Standards of the constituents of the urine and blood and the bearing of the metabolism of Bengalis on the problems of nutrition - Number 34
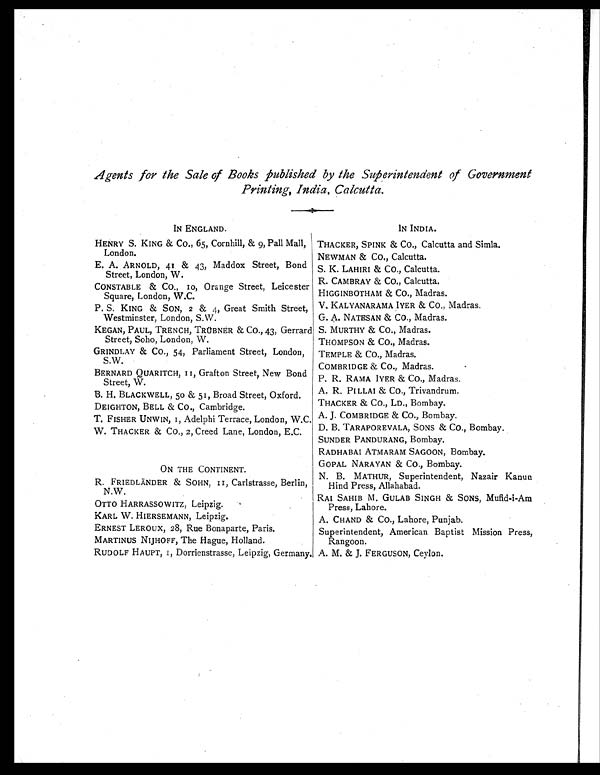
Agents for the Sale of Books published by the Superintendent of Government
Printing, India, Calcutta.
IN ENGLAND.
HENRY S. KING & CO., 65, Cornhill, & 9, Pall Mall,
London.
E. A. ARNOLD, 41 & 43, Maddox Street, Bond
Street, London, W.
CONSTABLE & CO. 10 , Orange Street, Leicester
Square, London, W.C.
P. S. KING & SON, 2 & 4, Great Smith Street,
Westminster, London, S.W.
KEGAN, PAUL, TRENCH, TRÜBNER & CO., 43, Gerrard
Street, Soho, London, W.
GRINDLAY & Co., 54, Parliament Street, London,
S.W.
BERNARD QUARITCH, II, Grafton Street, New Bond
Street, W.
B. H. BLACKWELL, 50 & 51, Broad Street, Oxford.
DEIGHTON, BELL & CO., Cambridge.
T. FISHER UNWIN, I, Adelphi Terrace, London, W.C.
W. THACKER & Co., 2, Creed Lane, London, E.C.
ON THE CONTINENT.
R. FRIEDLÄNDER & SOHN, II, Carlstrasse, Berlin,
N.W.
OTTO HARRASSOWITZ, Leipzig.
KARL W. HIERSEMANN, Leipzig.
ERNEST LEROUX, 28, Rue Bonaparte, Paris.
MARTINUS NIJHOFF, The Hague, Holland.
RUDOLF HAUPT, I, Dorrienstrasse, Leipzig, Germany.
1N INDIA.
THACKER, SPINK & CO., Calcutta and Simla.
NEWMAN & CO., Calcutta.
S. K. LAHIRI & CO., Calcutta.
R. CAMBRAY & CO., Calcutta.
HIGGINBOTHAM & CO., Madras.
S.
V. KALYANARAMA IYER & CO., Madras.
G. A. NATESAN & Co., Madras.
S. MURTHY & CO., Madras.
THOMPSON & Co., Madras.
TEMPLE & CO., Madras.
COMBRIDGE & CO., Madras.
P. R. RAMA IYER & Co., Madras.
A. R. PILLAI & CO., Trivandrum.
THACKER & CO., LD., Bombay.
A. J. COMBRIDGE &
Bombay.
D. B. TARAPOREVALA, SONS & CO., Bombay.
SUNDER PANDURANG, Bombay.
RADHABAI ATMARAM SAGOON, Bombay.
GOPAL NARAYAN & CO., Bombay.
N. B. MATHUR, Superintendent, Nazair Kanun
Hind Press, Allahaba d.
RAI SAHIB M. GULAB SINGH & SONS, Mufid-i-Am
Press, Lahore.
A. CHAND & Co., Lahore, Punjab.
Superintendent, American Baptist Mission Press,
Rangoon.
A. M. & J. FERGUSON, Ceylon.